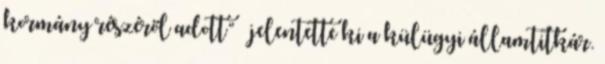
kormány részéről adott” – jelentette ki a külügyi államtitkár.